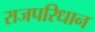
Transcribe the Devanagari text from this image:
राजपरिधान